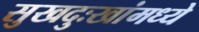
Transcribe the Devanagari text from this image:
सुखदुःखांमध्ये